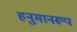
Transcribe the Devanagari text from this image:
हनुमानरूप